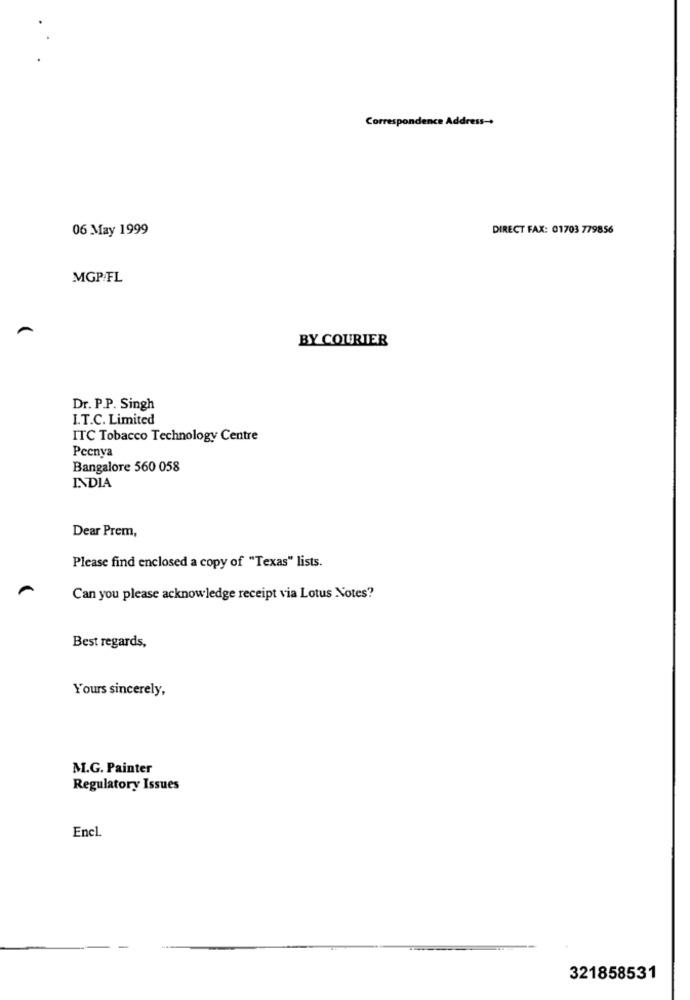
Correspondence Address-+
06 May 1999
DIRECT FAX: 01703 779856
MGP/FL
BY COURIER
Dr. P.P. Singh
I.T.C. Limited
ITC Tobacco Technology Centre
Pecnya
Bangalore 560 058
INDIA
Dear Prem,
Please find enclosed a copy of "Texas" lists.
Can you please acknowledge receipt via Lotus Notes?
Best regards,
Yours sincerely,
M.G. Painter
Regulatory Issues
Encl.
321858531